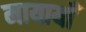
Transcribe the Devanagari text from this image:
मायायाँ